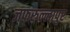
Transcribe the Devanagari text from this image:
जफरुल्लापुर